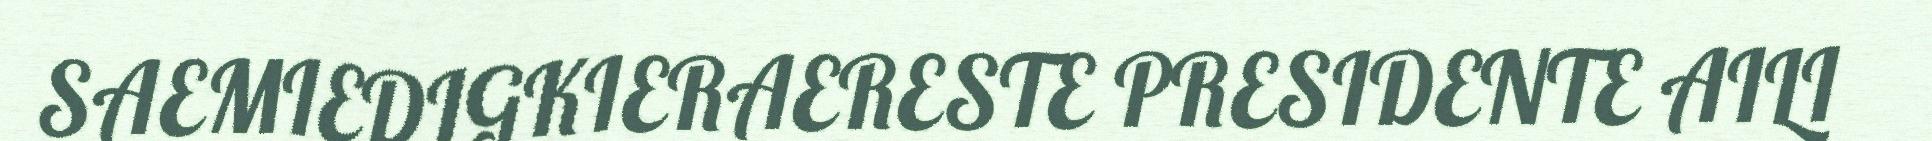
SAEMIEDIGKIERAERESTE PRESIDENTE AILI